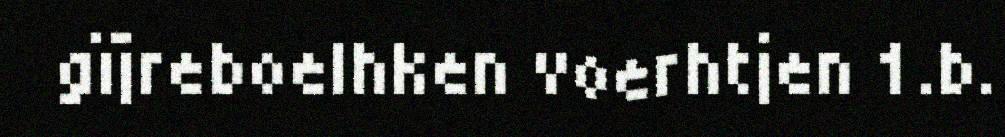
gïjreboelhken voerhtjen 1.b.